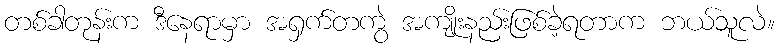
တစ်ခါတုန်းက ဒီနေရာမှာ အရှက်တကွဲ အကျိုးနည်းဖြစ်ခဲ့ရတာက ဘယ်သူလဲ။